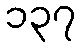
၁၃၇